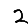
Digit: 2